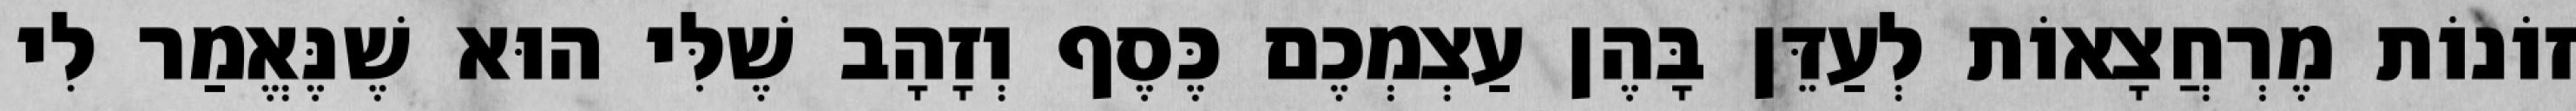
זוֹנוֹת מֶרְחֲצָאוֹת לְעַדֵּן בָּהֶן עַצְמְכֶם כֶּסֶף וְזָהָב שֶׁלִּי הוּא שֶׁנֶּאֱמַר לִי